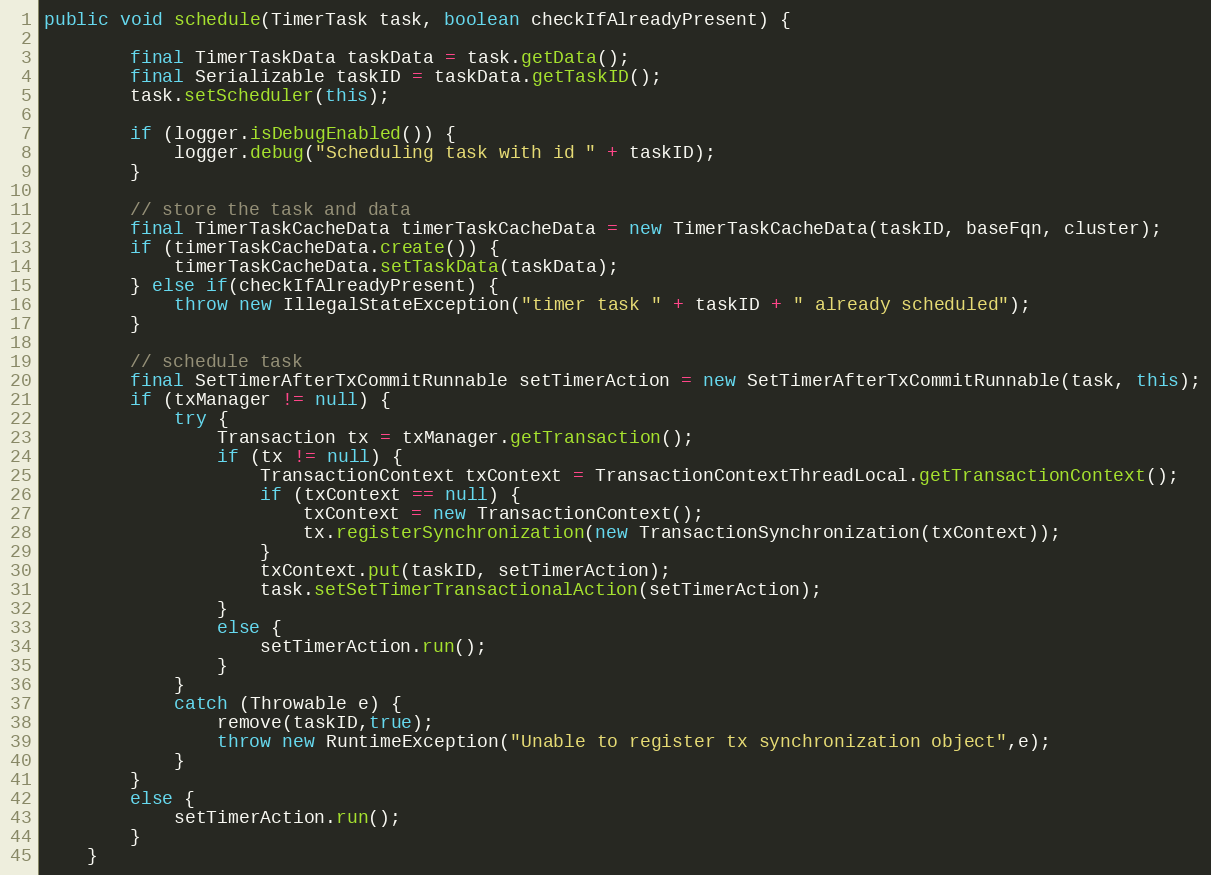
Language: Java
public void schedule(TimerTask task, boolean checkIfAlreadyPresent) {

		final TimerTaskData taskData = task.getData();
		final Serializable taskID = taskData.getTaskID();
		task.setScheduler(this);

		if (logger.isDebugEnabled()) {
			logger.debug("Scheduling task with id " + taskID);
		}

		// store the task and data
		final TimerTaskCacheData timerTaskCacheData = new TimerTaskCacheData(taskID, baseFqn, cluster);
		if (timerTaskCacheData.create()) {
			timerTaskCacheData.setTaskData(taskData);
		} else if(checkIfAlreadyPresent) {
            throw new IllegalStateException("timer task " + taskID + " already scheduled");
		}

		// schedule task
		final SetTimerAfterTxCommitRunnable setTimerAction = new SetTimerAfterTxCommitRunnable(task, this);
		if (txManager != null) {
			try {
				Transaction tx = txManager.getTransaction();
				if (tx != null) {
					TransactionContext txContext = TransactionContextThreadLocal.getTransactionContext();
					if (txContext == null) {
						txContext = new TransactionContext();
						tx.registerSynchronization(new TransactionSynchronization(txContext));
					}
					txContext.put(taskID, setTimerAction);
					task.setSetTimerTransactionalAction(setTimerAction);
				}
				else {
					setTimerAction.run();
				}
			}
			catch (Throwable e) {
				remove(taskID,true);
				throw new RuntimeException("Unable to register tx synchronization object",e);
			}
		}
		else {
			setTimerAction.run();
		}
	}